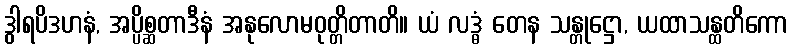
ဒွါရပိဒဟနံ, အပ္ပိစ္ဆတာဒီနံ အနုလောမဝုတ္တိတာတိ။ ယံ လဒ္ဓံ တေန သန္တုဋ္ဌော, ယထာသန္ထတိကော